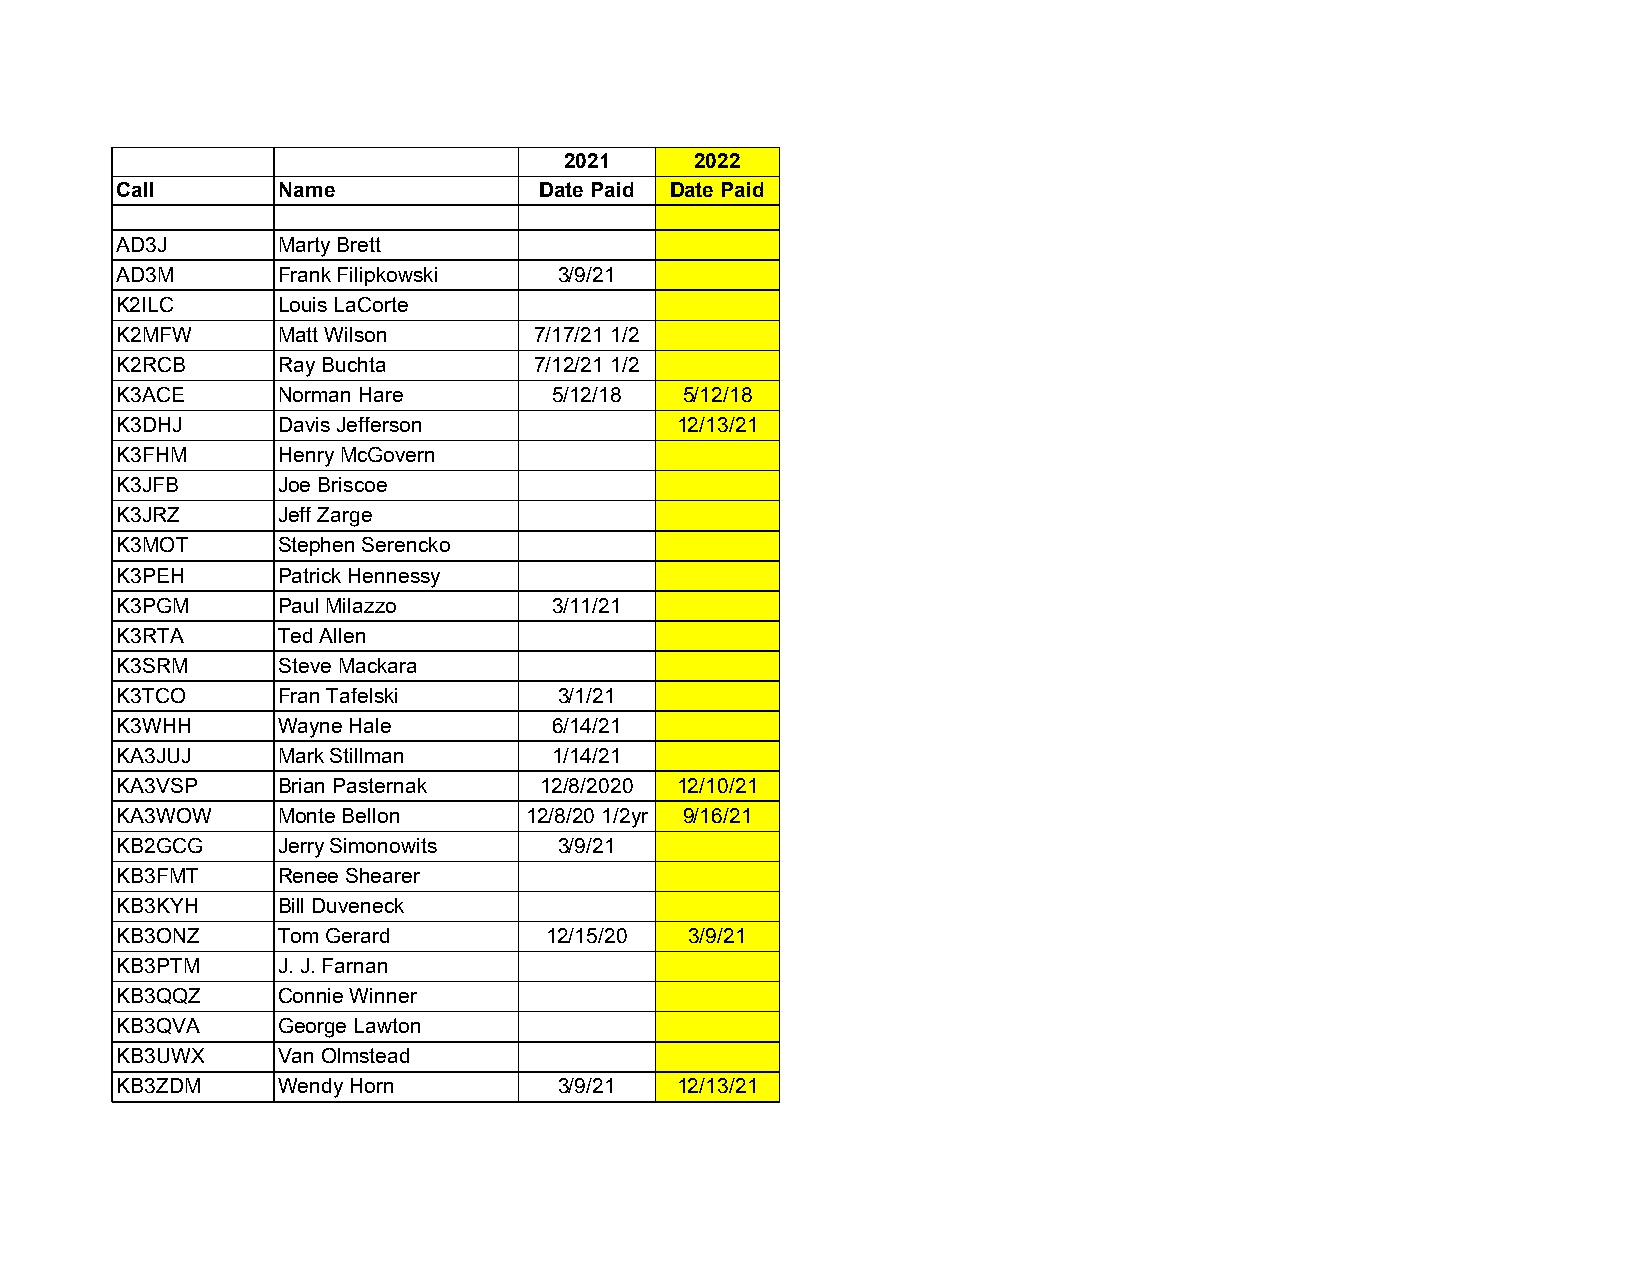
2021     2022
 Call      Name              Date Paid Date Paid
 AD3J      Marty Brett
 AD3M      Frank Filipkowski  3/9/21
 K2ILC     Louis LaCorte
 K2MFW     Matt Wilson      7/17/21 1/2
 K2RCB     Ray Buchta       7/12/21 1/2
 K3ACE     Norman Hare        5/12/18 5/12/18
 K3DHJ     Davis Jefferson            12/13/21
 K3FHM     Henry McGovern
 K3JFB     Joe Briscoe
 K3JRZ     Jeff Zarge
 K3MOT     Stephen Serencko
 K3PEH     Patrick Hennessy
 K3PGM     Paul Milazzo       3/11/21
 K3RTA     Ted Allen
 K3SRM     Steve Mackara
 K3TCO     Fran Tafelski      3/1/21
 K3WHH     Wayne Hale         6/14/21
 KA3JUJ    Mark Stillman      1/14/21
 KA3VSP    Brian Pasternak   12/8/2020 12/10/21
 KA3WOW    Monte Bellon     12/8/20 1/2yr 9/16/21
 KB2GCG    Jerry Simonowits   3/9/21
 KB3FMT    Renee Shearer
 KB3KYH    Bill Duveneck
 KB3ONZ    Tom Gerard        12/15/20  3/9/21
 KB3PTM    J. J. Farnan
 KB3QQZ    Connie Winner
 KB3QVA    George Lawton
 KB3UWX    Van Olmstead
 KB3ZDM    Wendy Horn         3/9/21  12/13/21